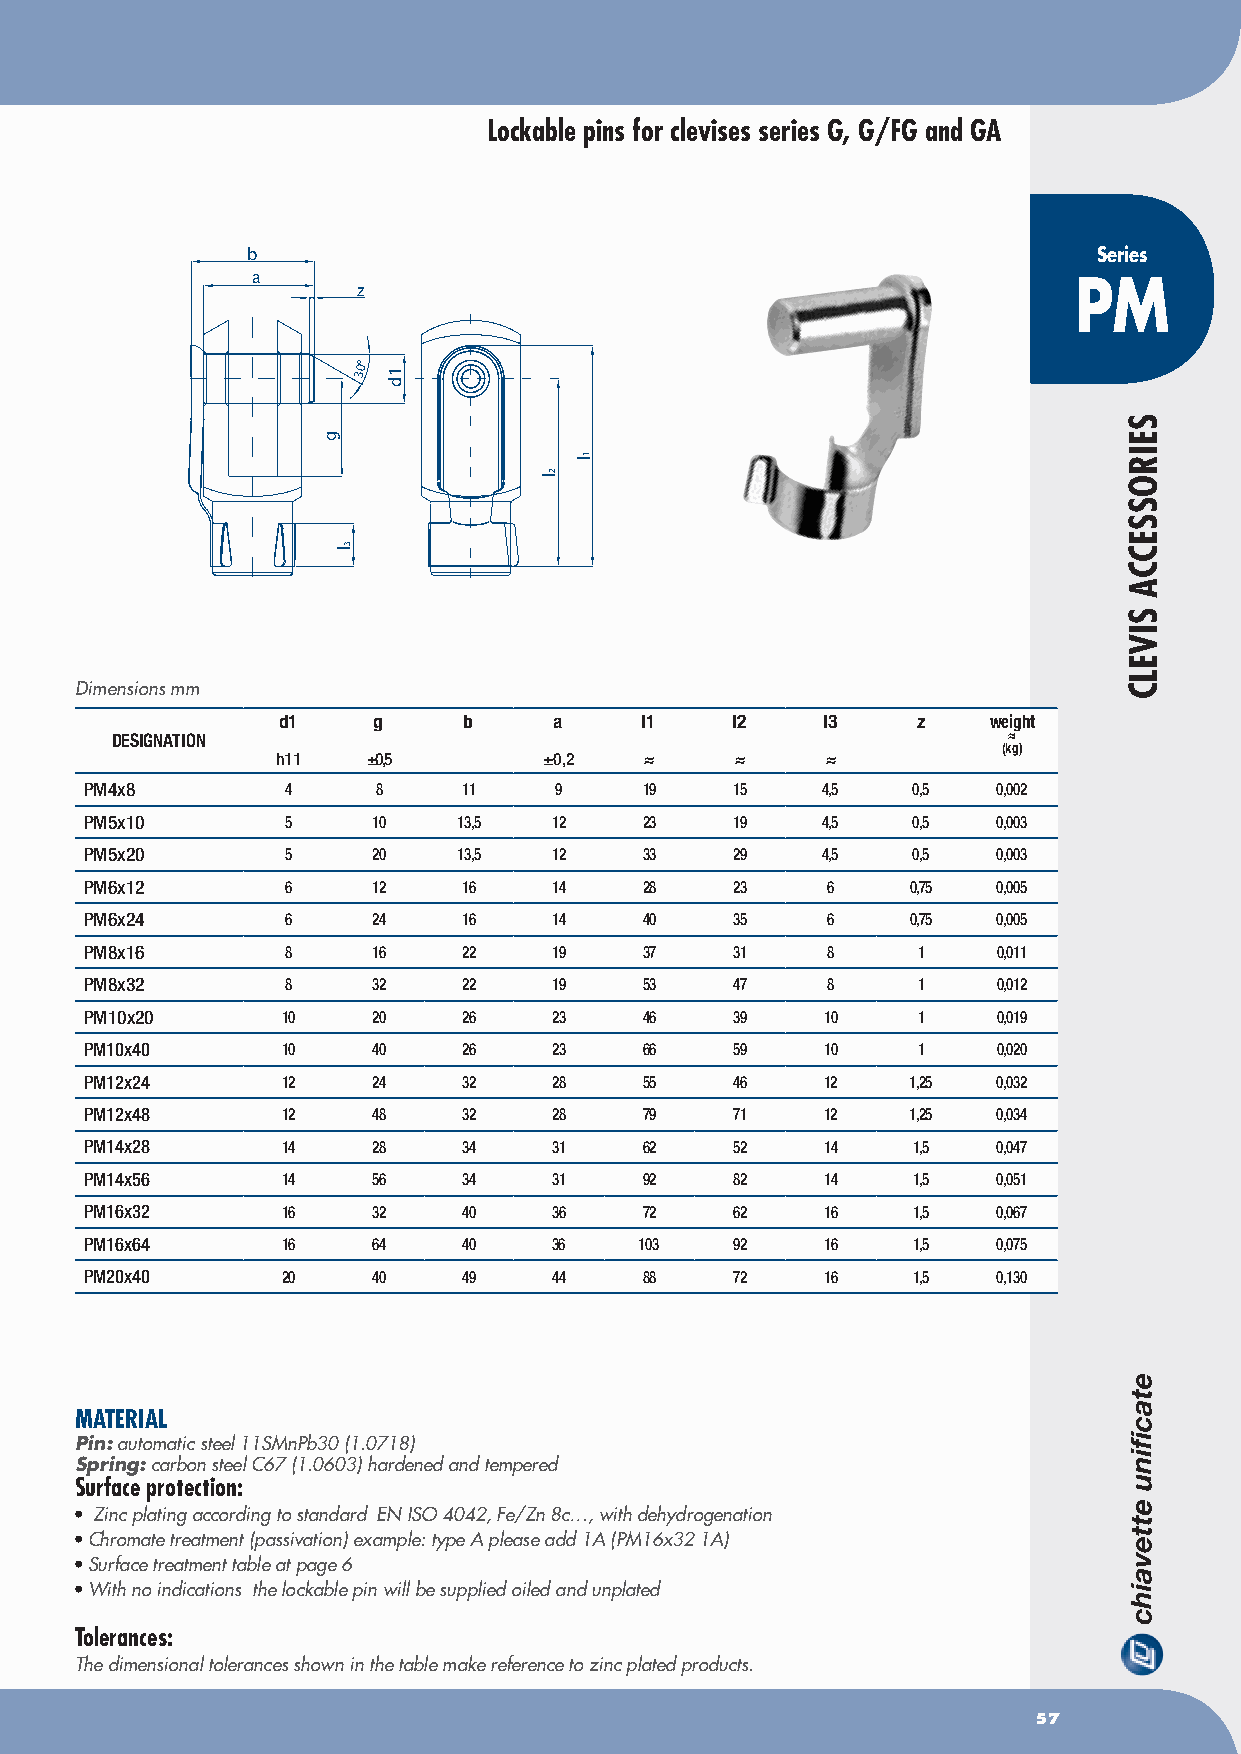
Lockable pins for clevises series G, G/FG and GA
 b                                                        Series
 a
 z                                              PM
 0°
 3
 Dimensions mm
 d1     g     b     a     l1    l2    l3    z   weight
 DESIGNATION                                                 ≈
 (kg)
 h11   ±0,5        ±0,2   ≈     ≈     ≈
 pM4x8        4     8     11    9     19    15   4,5   0,5   0,002
 pM5x10       5     10   13,5   12    23    19   4,5   0,5   0,003
 pM5x20       5     20   13,5   12    33    29   4,5   0,5   0,003
 pM6x12       6     12    16    14    28    23    6    0,75  0,005
 pM6x24       6     24    16    14    40    35    6    0,75  0,005
 pM8x16       8     16    22    19    37    31    8     1    0,011
 pM8x32       8     32    22    19    53    47    8     1    0,012
 pM10x20      10    20    26    23    46    39    10    1    0,019
 pM10x40      10    40    26    23    66    59    10    1    0,020
 pM12x24      12    24    32    28    55    46    12   1,25  0,032
 pM12x48      12    48    32    28    79    71    12   1,25  0,034
 pM14x28      14    28    34    31    62    52    14   1,5   0,047
 pM14x56      14    56    34    31    92    82    14   1,5   0,051
 pM16x32      16    32    40    36    72    62    16   1,5   0,067
 pM16x64      16    64    40    36   103    92    16   1,5   0,075
 pM20x40      20    40    49    44    88    72    16   1,5   0,130
 MATERIAL
 Pin: automatic steel 11SMnPb30 (1.0718)
 Spring: carbon steel C67 (1.0603) hardened and tempered
 Surface protection:
 • Zinc plating according to standard EN ISO 4042, Fe/Zn 8c…, with dehydrogenation
 • Chromate treatment (passivation) example: type A please add 1A (PM16x32 1A)
 • Surface treatment table at page 6
 • With no indications the lockable pin will be supplied oiled and unplated
 Tolerances:
 The dimensional tolerances shown in the table make reference to zinc plated products.
 57
 g
 l 3
 1d
 l 2
 l 1
 SEIROSSECCA
 SIVELC